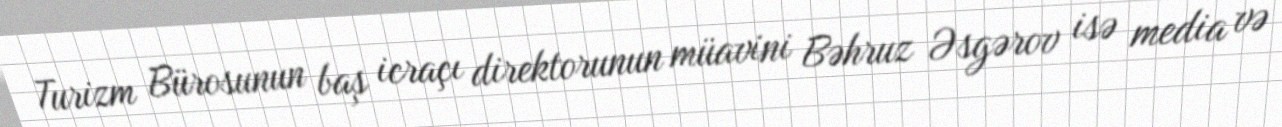
Turizm Bürosunun baş icraçı direktorunun müavini Bəhruz Əsgərov isə media və